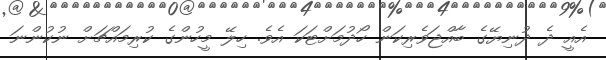
އެއީ ދެ ދުނިޔޭގެ ބާއްޖަވެރިކަން ހޯދުމަށްޓަކަ އެވެ. ހިލޭ މީހުންގެ ކުރިމައްޗަށް ނުކުންނަ